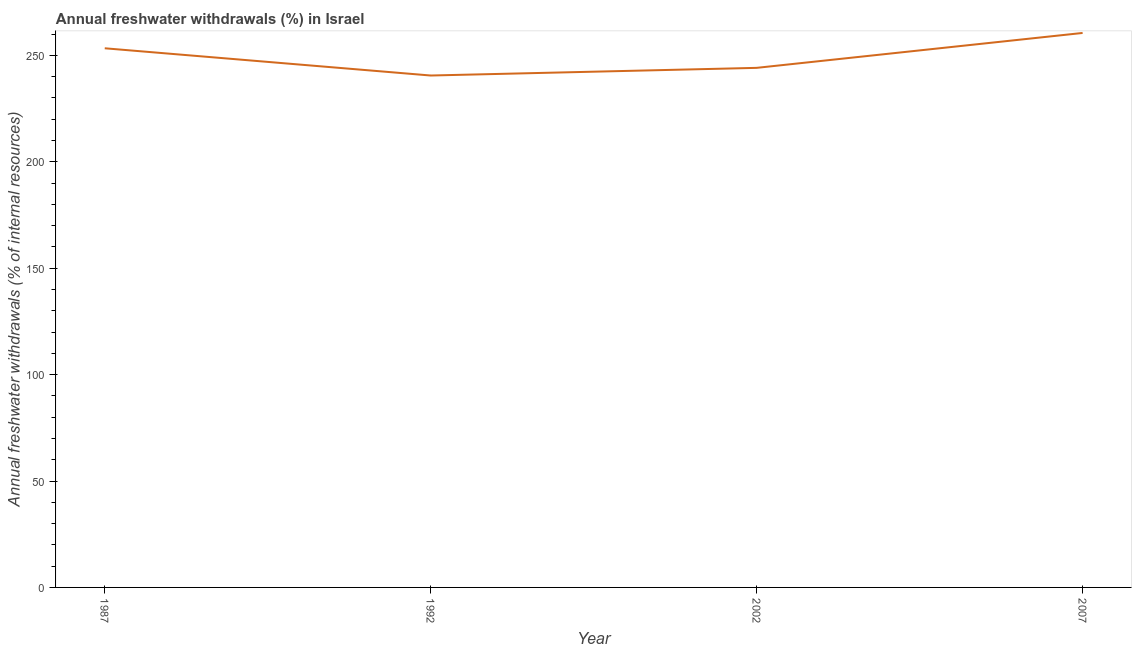
| Year | Annual freshwater withdrawals |
 | --- | --- |
 | 1987 | 253 |
 | 1992 | 241 |
 | 2002 | 244 |
 | 2007 | 261 |